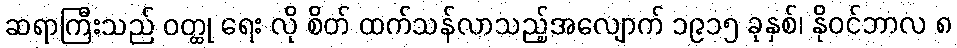
ဆရာကြီးသည် ဝတ္ထု ရေး လို စိတ် ထက်သန်လာသည့်အလျောက် ၁၉၁၅ ခုနှစ်၊ နိုဝင်ဘာလ ၈